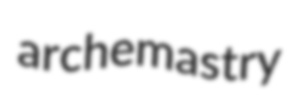
archemastry